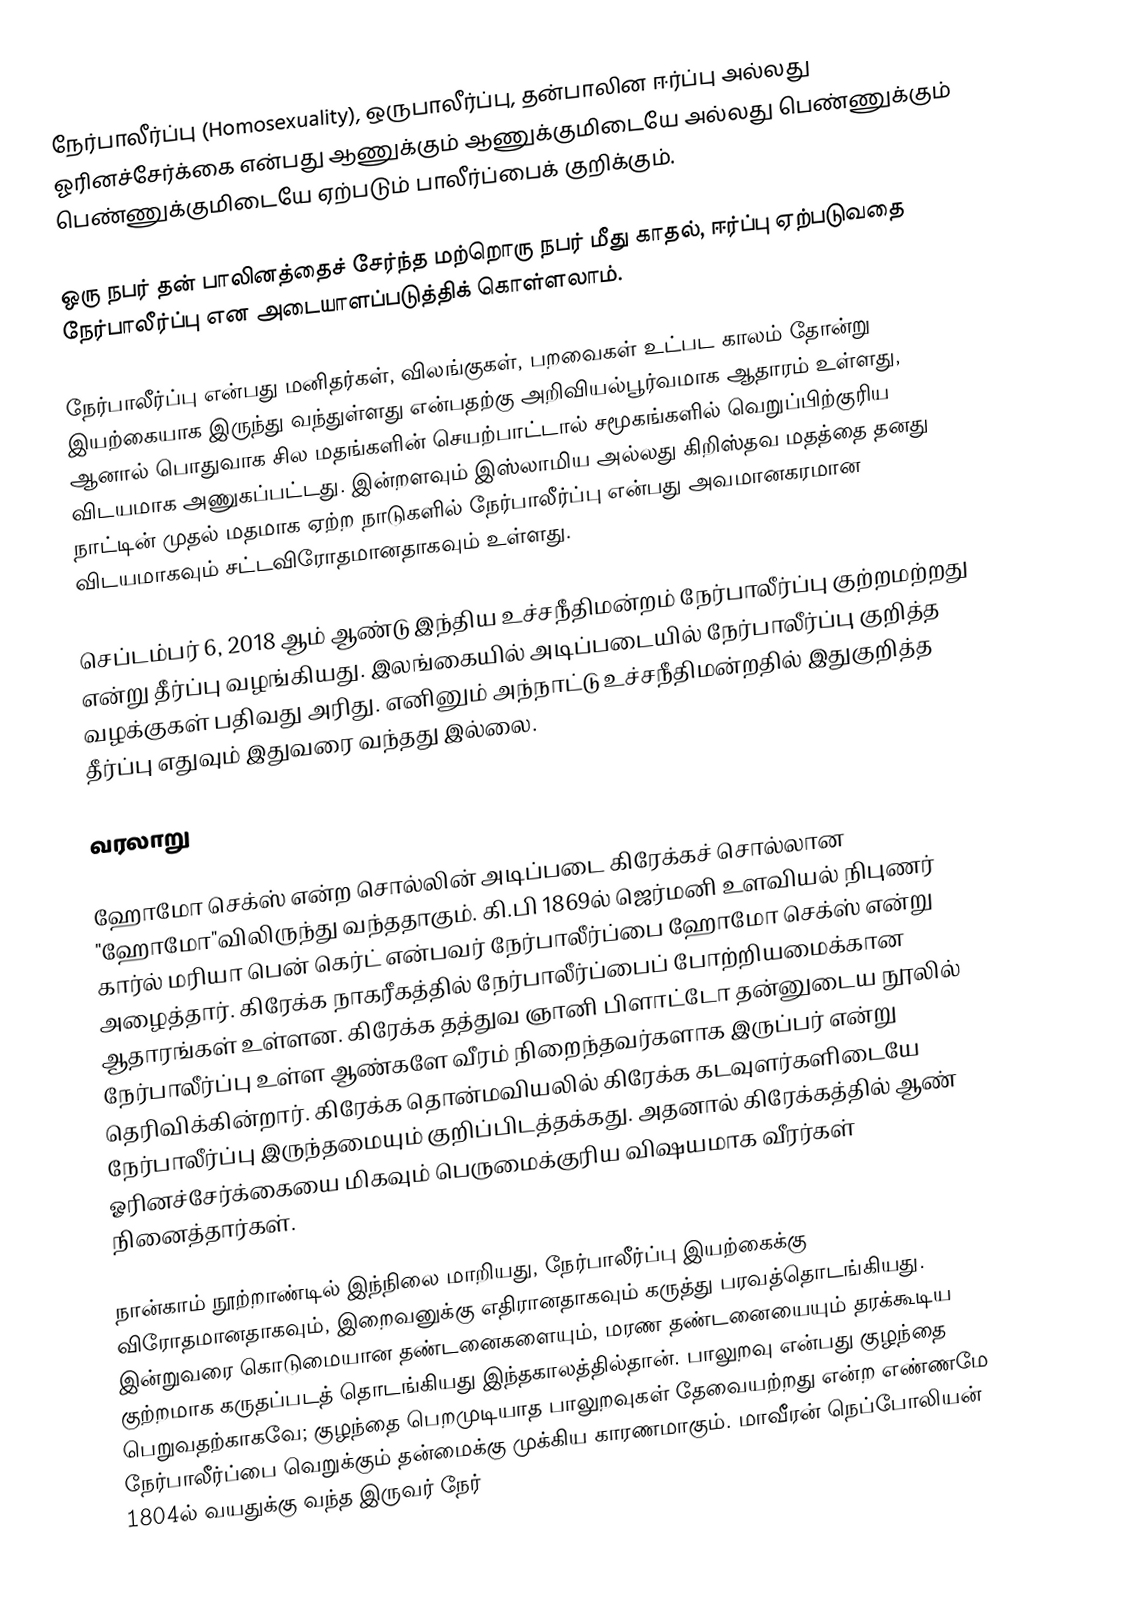
நேர்பாலீர்ப்பு (Homosexuality),  ஒருபாலீர்ப்பு, தன்பாலின ஈர்ப்பு அல்லது ஓரினச்சேர்க்கை என்பது ஆணுக்கும் ஆணுக்குமிடையே அல்லது பெண்ணுக்கும் பெண்ணுக்குமிடையே ஏற்படும் பாலீர்ப்பைக் குறிக்கும்.

ஒரு நபர் தன் பாலினத்தைச் சேர்ந்த மற்றொரு நபர் மீது காதல், ஈர்ப்பு ஏற்படுவதை நேர்பாலீர்ப்பு என அடையாளப்படுத்திக் கொள்ளலாம்.

நேர்பாலீர்ப்பு என்பது மனிதர்கள், விலங்குகள், பறவைகள் உட்பட காலம் தோன்று இயற்கையாக இருந்து வந்துள்ளது என்பதற்கு அறிவியல்பூர்வமாக ஆதாரம் உள்ளது, ஆனால் பொதுவாக சில மதங்களின் செயற்பாட்டால் சமூகங்களில் வெறுப்பிற்குரிய விடயமாக அணுகப்பட்டது. இன்றளவும் இஸ்லாமிய அல்லது கிறிஸ்தவ மதத்தை தனது நாட்டின் முதல் மதமாக ஏற்ற நாடுகளில் நேர்பாலீர்ப்பு என்பது அவமானகரமான விடயமாகவும் சட்டவிரோதமானதாகவும் உள்ளது.

செப்டம்பர் 6, 2018 ஆம் ஆண்டு இந்திய உச்சநீதிமன்றம் நேர்பாலீர்ப்பு குற்றமற்றது என்று தீர்ப்பு வழங்கியது. இலங்கையில் அடிப்படையில் நேர்பாலீர்ப்பு குறித்த வழக்குகள் பதிவது அரிது. எனினும் அந்நாட்டு உச்சநீதிமன்றதில் இதுகுறித்த தீர்ப்பு எதுவும் இதுவரை வந்தது இல்லை.

வரலாறு

ஹோமோ செக்ஸ் என்ற சொல்லின் அடிப்படை கிரேக்கச் சொல்லான "ஹோமோ"விலிருந்து வந்ததாகும். கி.பி 1869ல் ஜெர்மனி உளவியல் நிபுணர் கார்ல் மரியா பென் கெர்ட் என்பவர் நேர்பாலீர்ப்பை ஹோமோ செக்ஸ் என்று அழைத்தார். கிரேக்க நாகரீகத்தில் நேர்பாலீர்ப்பைப் போற்றியமைக்கான ஆதாரங்கள் உள்ளன. கிரேக்க தத்துவ ஞானி பிளாட்டோ தன்னுடைய நூலில் நேர்பாலீர்ப்பு உள்ள ஆண்களே வீரம் நிறைந்தவர்களாக இருப்பர் என்று தெரிவிக்கின்றார். கிரேக்க தொன்மவியலில் கிரேக்க கடவுளர்களிடையே நேர்பாலீர்ப்பு இருந்தமையும் குறிப்பிடத்தக்கது. அதனால் கிரேக்கத்தில் ஆண் ஓரினச்சேர்க்கையை மிகவும் பெருமைக்குரிய விஷயமாக வீரர்கள் நினைத்தார்கள்.

நான்காம் நூற்றாண்டில் இந்நிலை மாறியது, நேர்பாலீர்ப்பு இயற்கைக்கு விரோதமானதாகவும், இறைவனுக்கு எதிரானதாகவும் கருத்து பரவத்தொடங்கியது. இன்றுவரை கொடுமையான தண்டனைகளையும், மரண தண்டனையையும் தரக்கூடிய குற்றமாக கருதப்படத் தொடங்கியது இந்தகாலத்தில்தான். பாலுறவு என்பது குழந்தை பெறுவதற்காகவே; குழந்தை பெறமுடியாத பாலுறவுகள் தேவையற்றது என்ற எண்ணமே நேர்பாலீர்ப்பை வெறுக்கும் தன்மைக்கு முக்கிய காரணமாகும். மாவீரன் நெப்போலியன் 1804ல் வயதுக்கு வந்த இருவர் நேர்